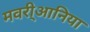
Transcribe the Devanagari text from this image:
मवरी्आनिया